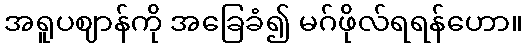
အရူပဈာန်ကို အခြေခံ၍ မဂ်ဖိုလ်ရရန်ဟော။